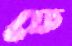
ফে